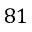
8 1